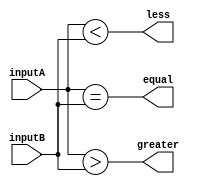
module comparator(
    input [63:0] inputA,
    input [63:0] inputB,
    output equal,
    output greater,
    output less
);

assign equal = (inputA == inputB);
assign greater = (inputA > inputB);
assign less = (inputA < inputB);

endmodule